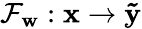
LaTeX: \mathcal{F}_{\mathbf{w}}:\mathbf{x}\rightarrow\mathbf{\tilde{y}}